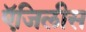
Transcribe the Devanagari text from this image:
ऍजिलीस